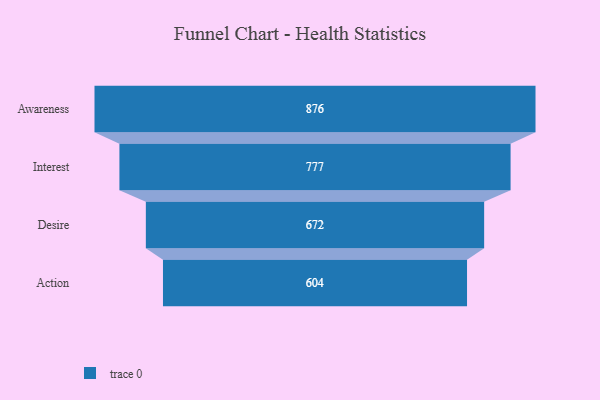
{"axis": {"x": "Stage", "y": "Value"}, "legend": [""], "data": [{"x": "Awareness", "y": 876.0, "type": ""}, {"x": "Interest", "y": 777.0, "type": ""}, {"x": "Desire", "y": 672.0, "type": ""}, {"x": "Action", "y": 604.0, "type": ""}]}